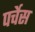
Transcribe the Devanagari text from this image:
पर्चेस